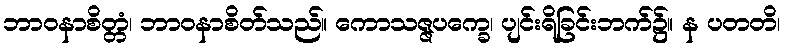
ဘာဝနာစိတ္တံ၊ ဘာဝနာစိတ်သည်။ ကောသဇ္ဇပက္ခေ၊ ပျင်းရိခြင်းဘက်၌။ န ပတတိ၊